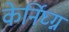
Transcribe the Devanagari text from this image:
केर्निघ्ग्न